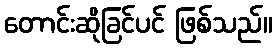
တောင်းဆိုခြင်ပင် ဖြစ်သည်။